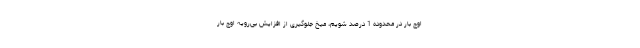
اوج بار در محدوده 1 درصد شویم، میخ جلوگیری از افزایش بی‌رویه اوج بار